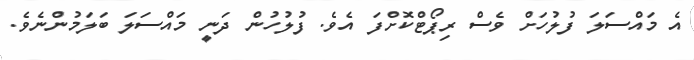
އެ މައްސަލަ ފުލުހަށް ވެސް ރިޕޯޓްކޮށްފަ އެވެ. ފުލުހުން ދަނީ މައްސަލަ ބަލަމުންނެވެ.